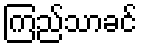
ကြည်သာခင်